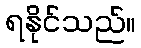
ရနိုင်သည်။